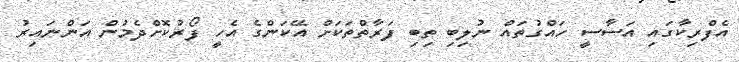
އެފްރިކާގައި އަސާސީ ހައްގުތައް ނުލިބި ތިބި ފަރާތްތަކަށް އޭކަންގެ އެހީ ފޯރުކޮށްދެމުން އަންނައިރު